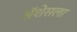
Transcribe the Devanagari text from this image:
ॲशेसला